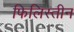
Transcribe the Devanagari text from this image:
फिलिस्‍तीन